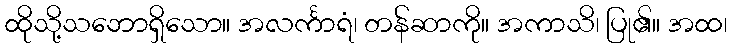
ထိုသို့သဘောရှိသော။ အလင်္ကာရံ၊ တန်ဆာကို။ အကာသိ၊ ပြု၏။ အထ၊